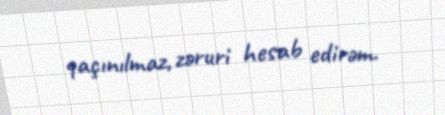
qaçınılmaz, zəruri hesab edirəm.